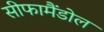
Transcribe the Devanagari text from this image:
सीफामैंडोल